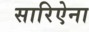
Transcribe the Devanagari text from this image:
सारिऐना